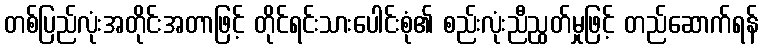
တစ်ပြည်လုံးအတိုင်းအတာဖြင့် တိုင်ရင်းသားပေါင်းစုံ၏ စည်းလုံးညီညွတ်မှုဖြင့် တည်ဆောက်ရန်